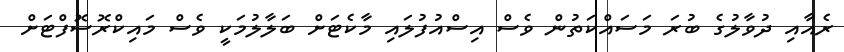
ރެއާއި ދުވާލުގެ ބުރަ މަސައްކަތުން ވެސް އިސްއުފުލައި މާކެޓަށް ބަލާލުމަކީ ވެސް މައިކްރޮސޮފްޓަށް